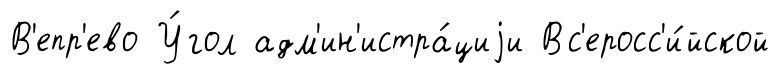
В'епр'ево У́гол адм'ин'истра́циjи Вс'еросс'и́йской